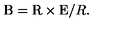
\mathrm { \boldmath B } = \mathrm { \boldmath R \times E } / R .